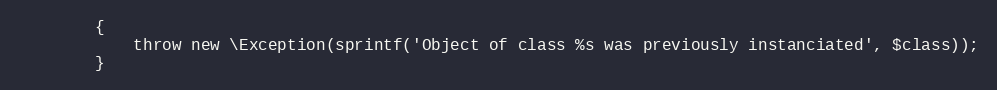
Language: PHP
		{
			throw new \Exception(sprintf('Object of class %s was previously instanciated', $class));
		}